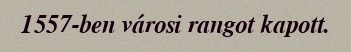
1557-ben városi rangot kapott.